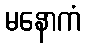
မနောကံ